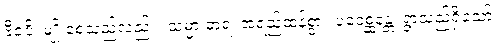
ဗီဇံပိ၊ မျိုးစေ့သည်လည်း။ သမ္မာ ဓာရံ၊ အရည်ထန်စွာ။ ပဝေစ္ဆန္တေ၊ ရွာသည်ရှိသော်။